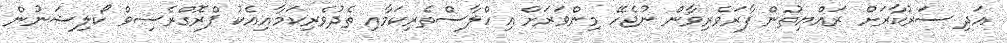
އަދި ސަރުކާރަށް ރައްޔިތުން ފާރަވެރިވާން ނުޖެހޭ މިންވަރަށް އިހްލާސްތެރިކަމާއި ތެދުވެރިކަމާއިއެކު ޕްރޮގްރެސިވް ކޯލިޝަނުން